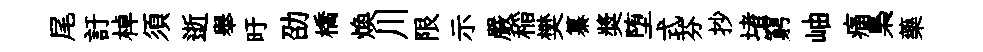
尾訏棹須逝舉旴劭橋焕川限示嚴稲樊纂奬堕式芬抄堵窮岫痛梟藥